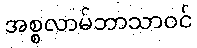
အစ္စလာမ်ဘာသာဝင်